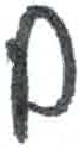
אות: ם